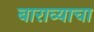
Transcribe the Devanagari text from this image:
बाराव्याचा